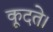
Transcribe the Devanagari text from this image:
कूदते।